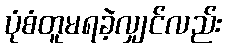
ပုံစံတူမရခဲ့လျှင်လည်း